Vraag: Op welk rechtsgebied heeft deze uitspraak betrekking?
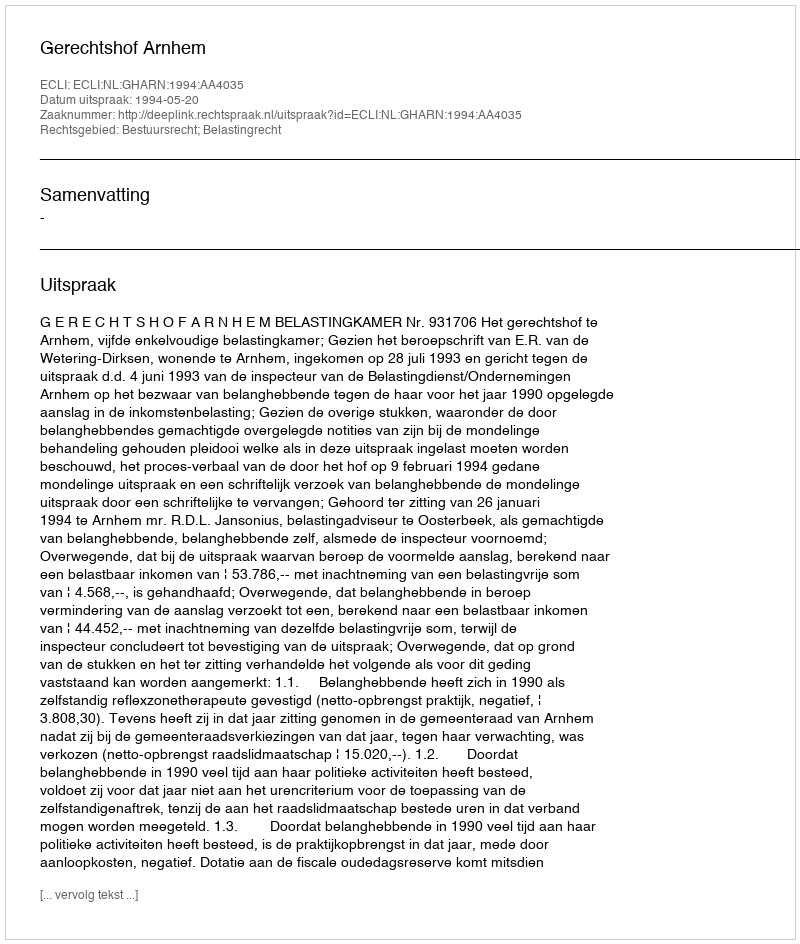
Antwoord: Bestuursrecht; Belastingrecht